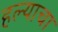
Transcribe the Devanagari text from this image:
हल्याचा